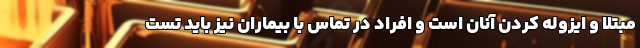
مبتلا و ایزوله کردن آنان است و افراد در تماس با بیماران نیز باید تست